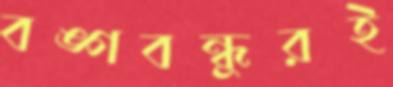
বঙ্গবন্ধুরই